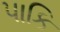
પાકિ